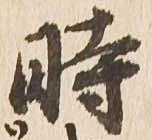
時